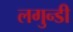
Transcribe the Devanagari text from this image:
लगुन्डी